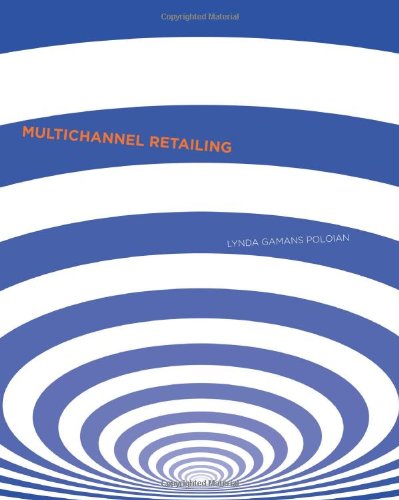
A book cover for Multi-Channel Retailing; Lynda Rose Poloian; Business & Money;